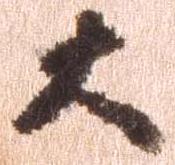
大